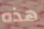
هذه